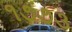
૧૭૭૩